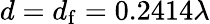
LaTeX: d=d_{\mathrm{f}}=0.2414\lambda